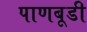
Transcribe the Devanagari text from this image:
पाणबूडी